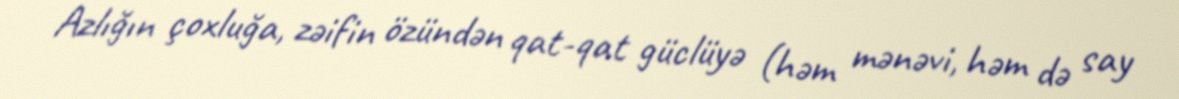
Azlığın çoxluğa, zəifin özündən qat-qat güclüyə (həm mənəvi, həm də say